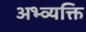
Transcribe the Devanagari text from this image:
अभ्व्यक्ति